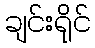
ချင်းရိုင်